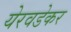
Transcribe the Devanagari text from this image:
येरवडेकर